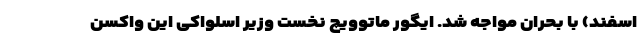
اسفند) با بحران مواجه شد. ایگور ماتوویچ نخست وزیر اسلواکی این واکسن